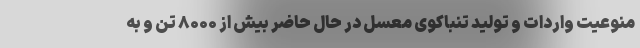
منوعیت واردات و تولید تنباکوی معسل در حال حاضر بیش از ۸۰۰۰ تن و به